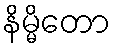
နိမ္မိတော